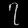
Digit: ၇